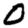
Digit: 0